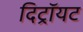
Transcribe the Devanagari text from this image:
दिट्रॉयट